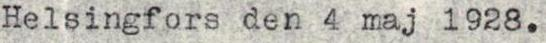
Helsingfors den. 4 maj 1928.